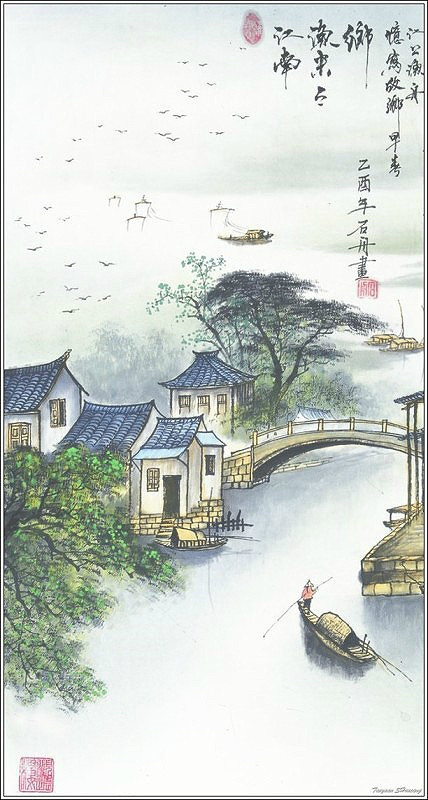
满隄芳草不成归，斜日画桥烟水冷。